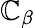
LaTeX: \mathbb{C}_{\beta}